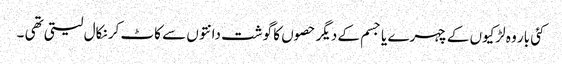
کئی بار وہ لڑکیوں کے چہرے یا جسم کے دیگر حصوں کا گوشت دانتوں سے کاٹ کر نکال لیتی تھی ۔